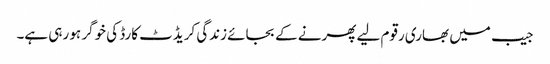
جیب میں بھاری رقوم لیے پھرنے کے بجائے زندگی کریڈٹ کارڈ کی خوگر ہو رہی ہے۔